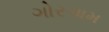
ગોરગામ